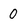
Character: 0